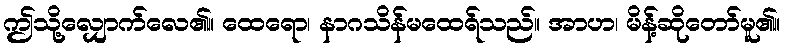
ဤသို့လျှောက်လေ၏။ ထေရော၊ နာဂသိန်မထေရ်သည်။ အာဟ၊ မိန့်ဆိုတော်မူ၏။